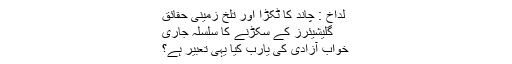
لداخ : چاند کا ٹکڑا اور تلخ زمینی حقائق
گلیشیئرز کے سکڑنے کا سلسلہ جاری
خواب آزادی کی یارب کیا یہی تعبیر ہے؟